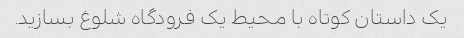
یک داستان کوتاه با محیط یک فرودگاه شلوغ بسازید.